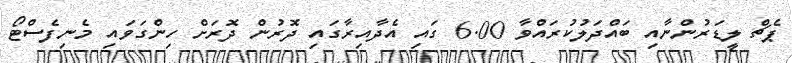
ޕެޗް ލީޑަރުންނާއި ބައްދަލުކުރައްވާ 6.00 ގައި އެދާއިރާގައި ދޮރުން ދޮރަށް ހިންގަވައި މެނިފެސްޓޯ